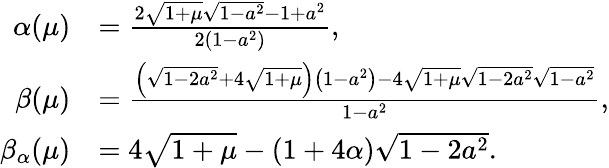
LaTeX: \begin{array}{rl}{\alpha(\mu)}&{=\frac{2\sqrt{1+\mu}\sqrt{1-a^{2}}-1+a^{2}}{2\left(1-a^{2}\right)},}\\ {\beta(\mu)}&{=\frac{\left(\sqrt{1-2a^{2}}+4\sqrt{1+\mu}\right)\left(1-a^{2}\right)-4\sqrt{1+\mu}\sqrt{1-2a^{2}}\sqrt{1-a^{2}}}{1-a^{2}},}\\ {\beta_{\alpha}(\mu)}&{=4\sqrt{1+\mu}-(1+4\alpha)\sqrt{1-2a^{2}}.}\end{array}